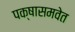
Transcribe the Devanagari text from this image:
पक्षासमवेत